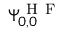
\Psi _ { 0 , 0 } ^ { \mathrm { ~ H ~ F ~ } }